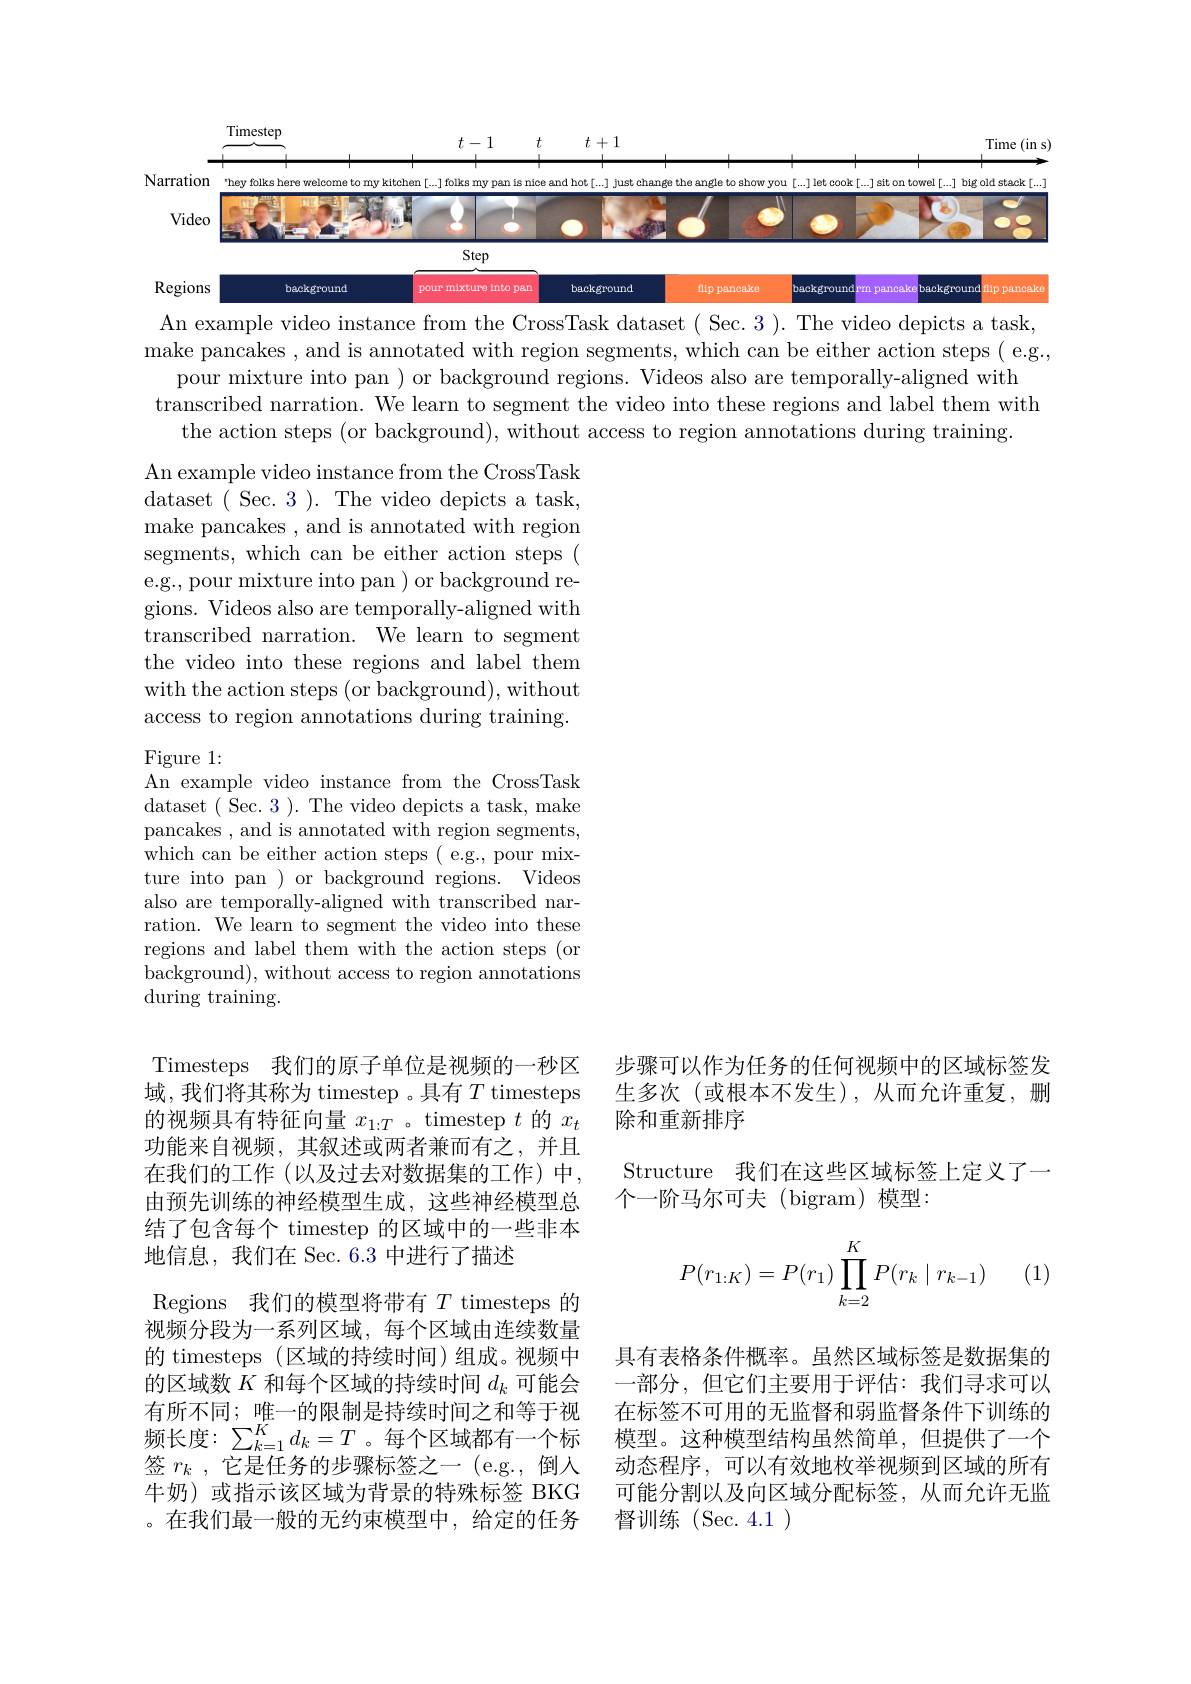
Timestep

$t-1$

$t+1$

Time ( in s)

Narration
folks here welcome
kitchen「...] folks
nice and
chan¢e the angle to show
cook
towel[...] big old stack[...]
<FigureHere>
An example video instance from the CrossTask dataset ( Sec. 3 ). The video depicts a task,

make pancakes , and is annotated with region segments, which can be either action steps ( e.g.,
pour mixture into pan ) or background regions. Videos also are temporally-aligned with transcribed narration. We learn to segment the video into these regions and label them with
the action steps (or background), without access to region annotations during training.

An example video instance from the CrossTask ${\mathrm{dataset~(~Sec.~3~).~The~video~depicts~a~task,}}$ make pancakes , and is annotated with region segments, which can be either action steps ( e.g., pour mixture into pan ) or background regions. Videos also are temporally-aligned with transcribed narration. We learn to segment the video into these regions and label them with the action steps (or background), without access to region annotations during training.

Figure 1:
An example video instance from the CrossTask

dataset ( Sec. 3 ). The video depicts a task, make pancakes ,and is annotated with region segments, which can be either action steps ( e.g., pour mixture into pan ) or background regions. Videos also are temporally-aligned with transcribed narration. We learn to segment the video into these regions and label them with the action steps (or background), without access to region annotations during training.

步骤可以作为任务的任何视频中的区域标签发生多次(或根本不发生),从而允许重复，删除和重新排序

Structure 我们在这些区域标签上定义了一
个一阶马尔可夫(bigram)模型：
$$P(r_{1:K})=P(r_1)\prod\limits_{k=2}^KP(r_k\mid r_{k-1})$$
(1)

Timesteps 我们的原子单位是视频的一秒区域，我们将其称为 timestep 。具有$T$ timesteps 的视频具有特征向量$x_1:T$ 。timestep $t$的$x_t$ 功能来自视频，其叙述或两者兼而有之，并且在我们的工作(以及过去对数据集的工作)中， 由预先训练的神经模型生成，这些神经模型总结了包含每个 timestep 的区域中的一些非本地信息，我们在 Sec. 6.3 中进行了描述
Regions 我们的模型将带有$T$ timesteps 的视频分段为一系列区域，每个区域由连续数量的 timesteps (区域的持续时间)组成。视频中的区域数$K$和每个区域的持续时间$d_k$可能会有所不同；唯一的限制是持续时间之和等于视频长度：$\sum_k=1^Kd_k=T$。每个区域都有一个标签$r_k,\bar{\text{它是任务的步骤标签之一(e.g.,倒入}}$ 牛奶)或指示该区域为背景的特殊标签 BKG 。在我们最一般的无约束模型中，给定的任务

具有表格条件概率。虽然区域标签是数据集的一部分，但它们主要用于评估：我们寻求可以在标签不可用的无监督和弱监督条件下训练的模型。这种模型结构虽然简单，但提供了一个动态程序，可以有效地枚举视频到区域的所有可能分割以及向区域分配标签，从而允许无监督训练(Sec.4.1)